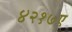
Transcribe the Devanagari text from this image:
४२१७ए